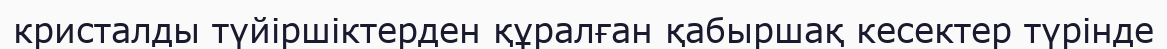
кристалды түйіршіктерден құралған қабыршақ кесектер түрінде